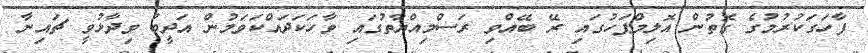
ފާހަގަކުރުމުގެ ގޮތުން އޮލިމްޕަހުގައި ރޭ ބޭއްވި ރަސްމިއްޔާތުގައި ވާހަކަދައްކަވަމުން އަދީބު ވިދާޅުވީ ޗައިނާ